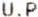
U.P